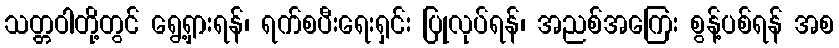
သတ္တဝါတို့တွင် ရွေ့ရှားရန်၊ ရက်စပီးရေးရှင်း ပြုလုပ်ရန်၊ အညစ်အကြေး စွန့်ပစ်ရန် အစ